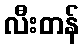
လီးတန်